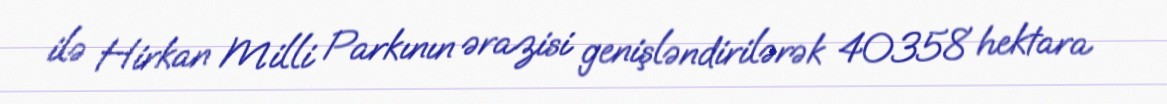
ilə Hirkan Milli Parkının ərazisi genişləndirilərək 40358 hektara